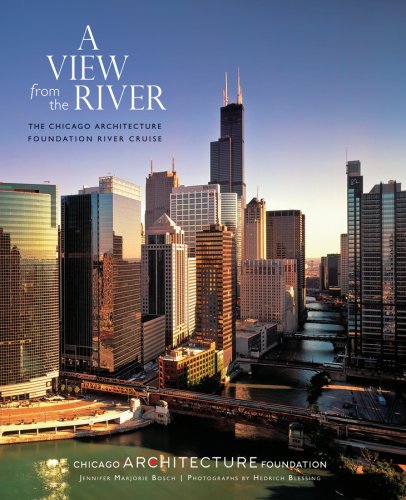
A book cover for A View from the River: The Chicago Architecture Foundation River Cruise; Jennifer Marjorie Bosch; Arts & Photography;